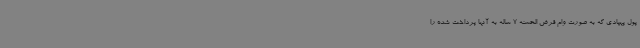
پول پهپادی که به صورت وام قرض الحسنه 7 ساله به آنها پرداخت شده را